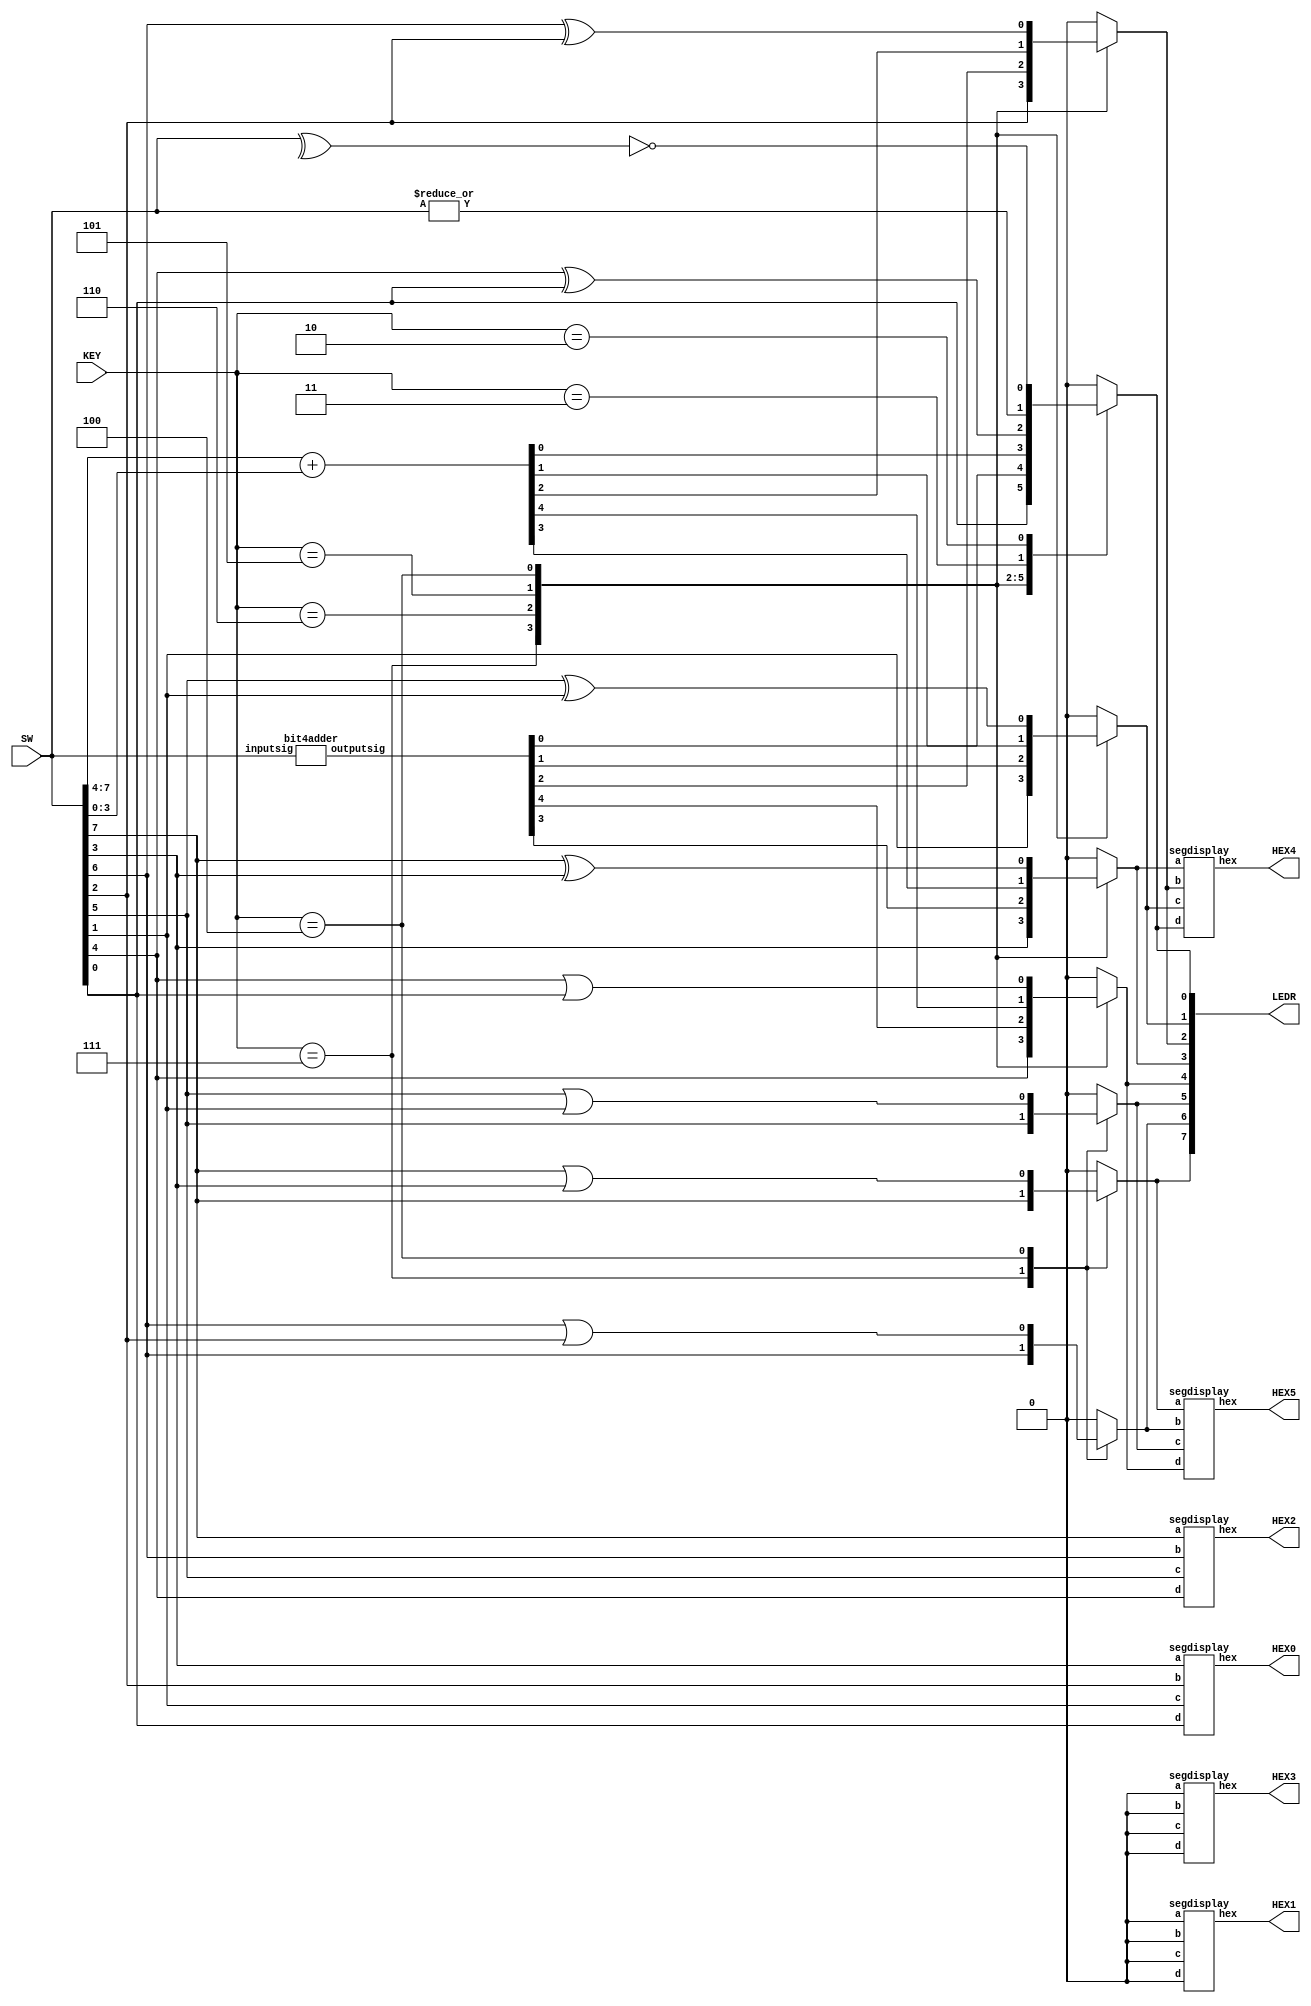
module lab3part3(HEX5, HEX4, HEX3, HEX2, HEX1, HEX0, LEDR, SW, KEY);
	input [7:0] SW;
	input [2:0] KEY;
	
	output [6:0] HEX0, HEX1, HEX2, HEX3, HEX4, HEX5;
	output [7:0] LEDR;

	segdisplay hex1 (
		.a(1'b0),
		.b(1'b0),
		.c(1'b0),
		.d(1'b0),
		.hex(HEX1)
		);
	
	segdisplay hex3 (
		.a(1'b0),
		.b(1'b0),
		.c(1'b0),
		.d(1'b0),
		.hex(HEX3)
		);
	
	reg [7:0] ALUOut;
	wire [4:0] adderresult;
	
	bit4adder b0 (
		.outputsig(adderresult),
		.inputsig(SW[7:0])
		);

	always @(*)
	begin
		case(KEY[2:0])
			3'b111: ALUOut = SW;
			3'b110: begin
						ALUOut[4:0] = adderresult;
						ALUOut[7:5] = 3'b000;
					end
			3'b101: begin
						ALUOut[4:0] = SW[7:4] + SW[3:0];
						ALUOut[7:5] = 3'b000;
					end
			3'b100: begin
						ALUOut[7] = SW[7] | SW[3];
						ALUOut[6] = SW[6] | SW[2];
						ALUOut[5] = SW[5] | SW[1];
						ALUOut[4] = SW[4] | SW[0];
						ALUOut[3] = SW[7] ^ SW[3];
						ALUOut[2] = SW[6] ^ SW[2];
						ALUOut[1] = SW[5] ^ SW[1];
						ALUOut[0] = SW[4] ^ SW[0];
					end
			3'b011: begin
						ALUOut[7:1] = 7'b0000000;
						ALUOut[0] = | SW[7:0];
					end
			3'b010: begin
						ALUOut[7:1] = 7'b0000000;
						ALUOut[0] = ~(^ SW[7:0]);
					end
			default: ALUOut = 8'b00000000;
		endcase
	end
	
	assign LEDR[7:0] = ALUOut;
	
	segdisplay hex0 (
		.a(SW[3]),
		.b(SW[2]),
		.c(SW[1]),
		.d(SW[0]),
		.hex(HEX0)
		);
		
	segdisplay hex2 (
		.a(SW[7]),
		.b(SW[6]),
		.c(SW[5]),
		.d(SW[4]),
		.hex(HEX2)
		);
	
	segdisplay hex4 (
		.a(ALUOut[3]),
		.b(ALUOut[2]),
		.c(ALUOut[1]),
		.d(ALUOut[0]),
		.hex(HEX4)
		);
	
	segdisplay hex5 (
		.a(ALUOut[7]),
		.b(ALUOut[6]),
		.c(ALUOut[5]),
		.d(ALUOut[4]),
		.hex(HEX5)
		);
endmodule

module segdisplay(a, b, c, d, hex);
	input a;
	input b;
	input c;
	input d;
	
	output [6:0] hex;
	
	assign hex[0] = (~a & ~b & ~c & d) |
					(~a & b & ~c & ~d) |
					(a & b & ~c & d) | 
					(a & ~b & c & d);
					
	assign hex[1] = (a & b & ~c & ~d) |
					(~a & b & ~c & d) |
					(a & c & d) |
					(b & c & ~d);
					
	assign hex[2] = (~a & ~b & c & ~d) |
					(a & b & ~c & ~d) |
					(a & b & c);
					
	assign hex[3] = (~a & ~b & ~c & d) |
					(~a & b & ~c & ~d) |
					(b & c & d) |
					(a & ~b & c & ~d);
					
	assign hex[4] = (~a & b & ~c & ~d) |
					(~a & d) |
					(a & ~b & ~c & d);
					
	assign hex[5] = (~a & ~b & ~c & d) |
					(~a & ~b & c) |
					(~a & b & c & d) |
					(a & b & ~c & d);
					
	assign hex[6] = (~a & ~b & ~c) |
					(~a & b & c & d) |
					(a & b & ~c & ~d);
endmodule

module bit4adder(outputsig, inputsig);

	input [7:0] inputsig;
	output [4:0] outputsig;
	
	wire cbit0;
	wire cbit1;
	wire cbit2;
	
	carryadder adder1(
		.cout(cbit0),
		.out(outputsig[0]),
		.c(1'b0),
		.a(inputsig[4]),
		.b(inputsig[0])
		);

	carryadder adder2(
		.cout(cbit1),
		.out(outputsig[1]),
		.c(cbit0),
		.a(inputsig[5]),
		.b(inputsig[1])
		);
		
	carryadder adder3(
		.cout(cbit2),
		.out(outputsig[2]),
		.c(cbit1),
		.a(inputsig[6]),
		.b(inputsig[2])
		);
		
	carryadder adder4(
		.cout(outputsig[4]),
		.out(outputsig[3]),
		.c(cbit2),
		.a(inputsig[7]),
		.b(inputsig[3])
		);
		
endmodule

module carryadder(cout, out, c, a, b);
	input c;
	input b;
	input a;
	
	output cout;
	output out;
	
	assign cout = (b & a) | (a & c) | (b & c);
	assign out = (a & ~b & ~c) |
					 (~a & b & ~c)  |
					 (~a & ~b & c)  |
					 (a & b & c);
endmodule